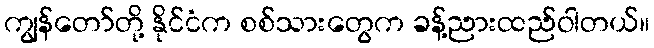
ကျွန်တော်တို့ နိုင်ငံက စစ်သားတွေက ခန့်ညားထည်ဝါတယ်။